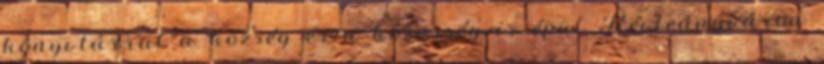
könyvtárral a község és a közösség is épül Révleányváron